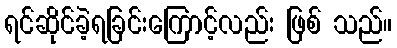
ရင်ဆိုင်ခဲ့ရခြင်းကြောင့်လည်း ဖြစ် သည်။